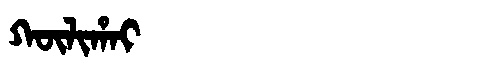
Manchu: ᡴᡡᠯᡳᡥᠠᡳ
Romanization: KŪLIHAI